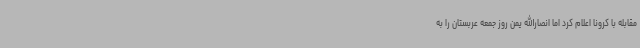
مقابله با کرونا اعلام کرد اما انصارالله یمن روز جمعه عربستان را به